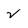
Character: 2